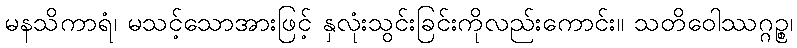
မနသိကာရံ၊ မသင့်သောအားဖြင့် နှလုံးသွင်းခြင်းကိုလည်းကောင်း။ သတိဝေါဿဂ္ဂဉ္စ၊